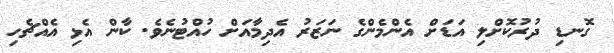
ގޮނޑި ދުރުކޮށްލި އަޑަށް އެންމެންގެ ނަޒަރު އެދިމާއަށް ހުއްޓުނެވެ. ކާން އެޅި އެއްޗެހި